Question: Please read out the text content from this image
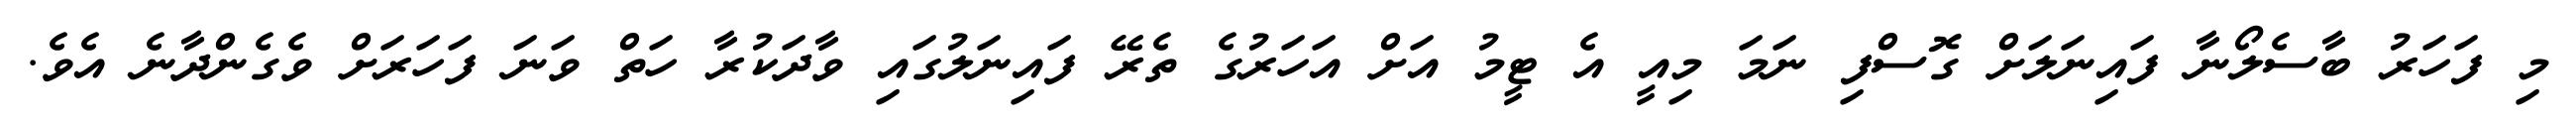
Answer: މި ފަހަރު ބާސެލޯނާ ފައިނަލަށް ގޮސްފި ނަމަ މިއީ އެ ޓީމު އަށް އަހަރުގެ ތެރޭ ފައިނަލުގައި ވާދަކުރާ ހަތް ވަނަ ފަހަރަށް ވެގެންދާނެ އެވެ.